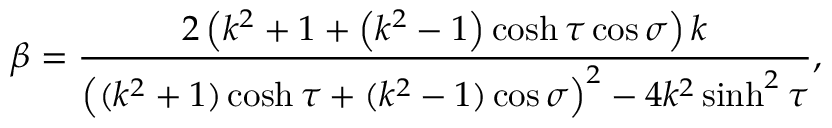
\beta = \frac { 2 \left( k ^ { 2 } + 1 + \left( k ^ { 2 } - 1 \right) \cosh \tau \cos \sigma \right) k } { \left( ( k ^ { 2 } + 1 ) \cosh \tau + ( k ^ { 2 } - 1 ) \cos \sigma \right) ^ { 2 } - 4 k ^ { 2 } \sinh ^ { 2 } \tau } ,